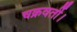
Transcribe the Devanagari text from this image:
चक्रवर्ती।